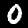
Digit: 0